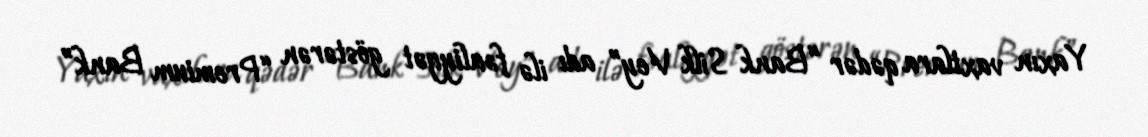
Yaxın vaxtlara qədər “Bank Silk Vey” adı ilə fəaliyyət göstərən “Premium Bank”